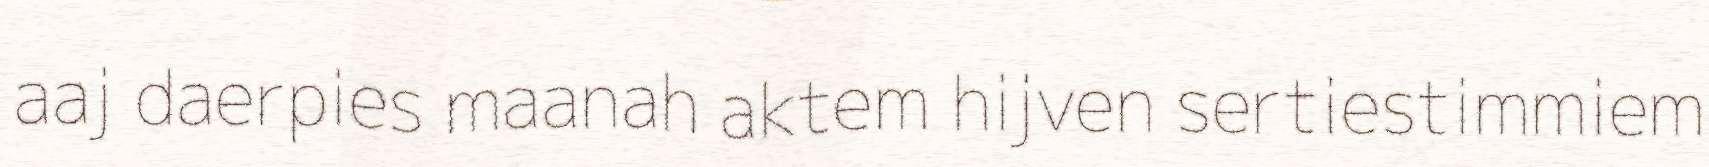
aaj daerpies maanah aktem hijven sertiestimmiem